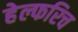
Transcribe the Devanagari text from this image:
हेल्फरिच